Voisiku_vallavalitsus, lk 107
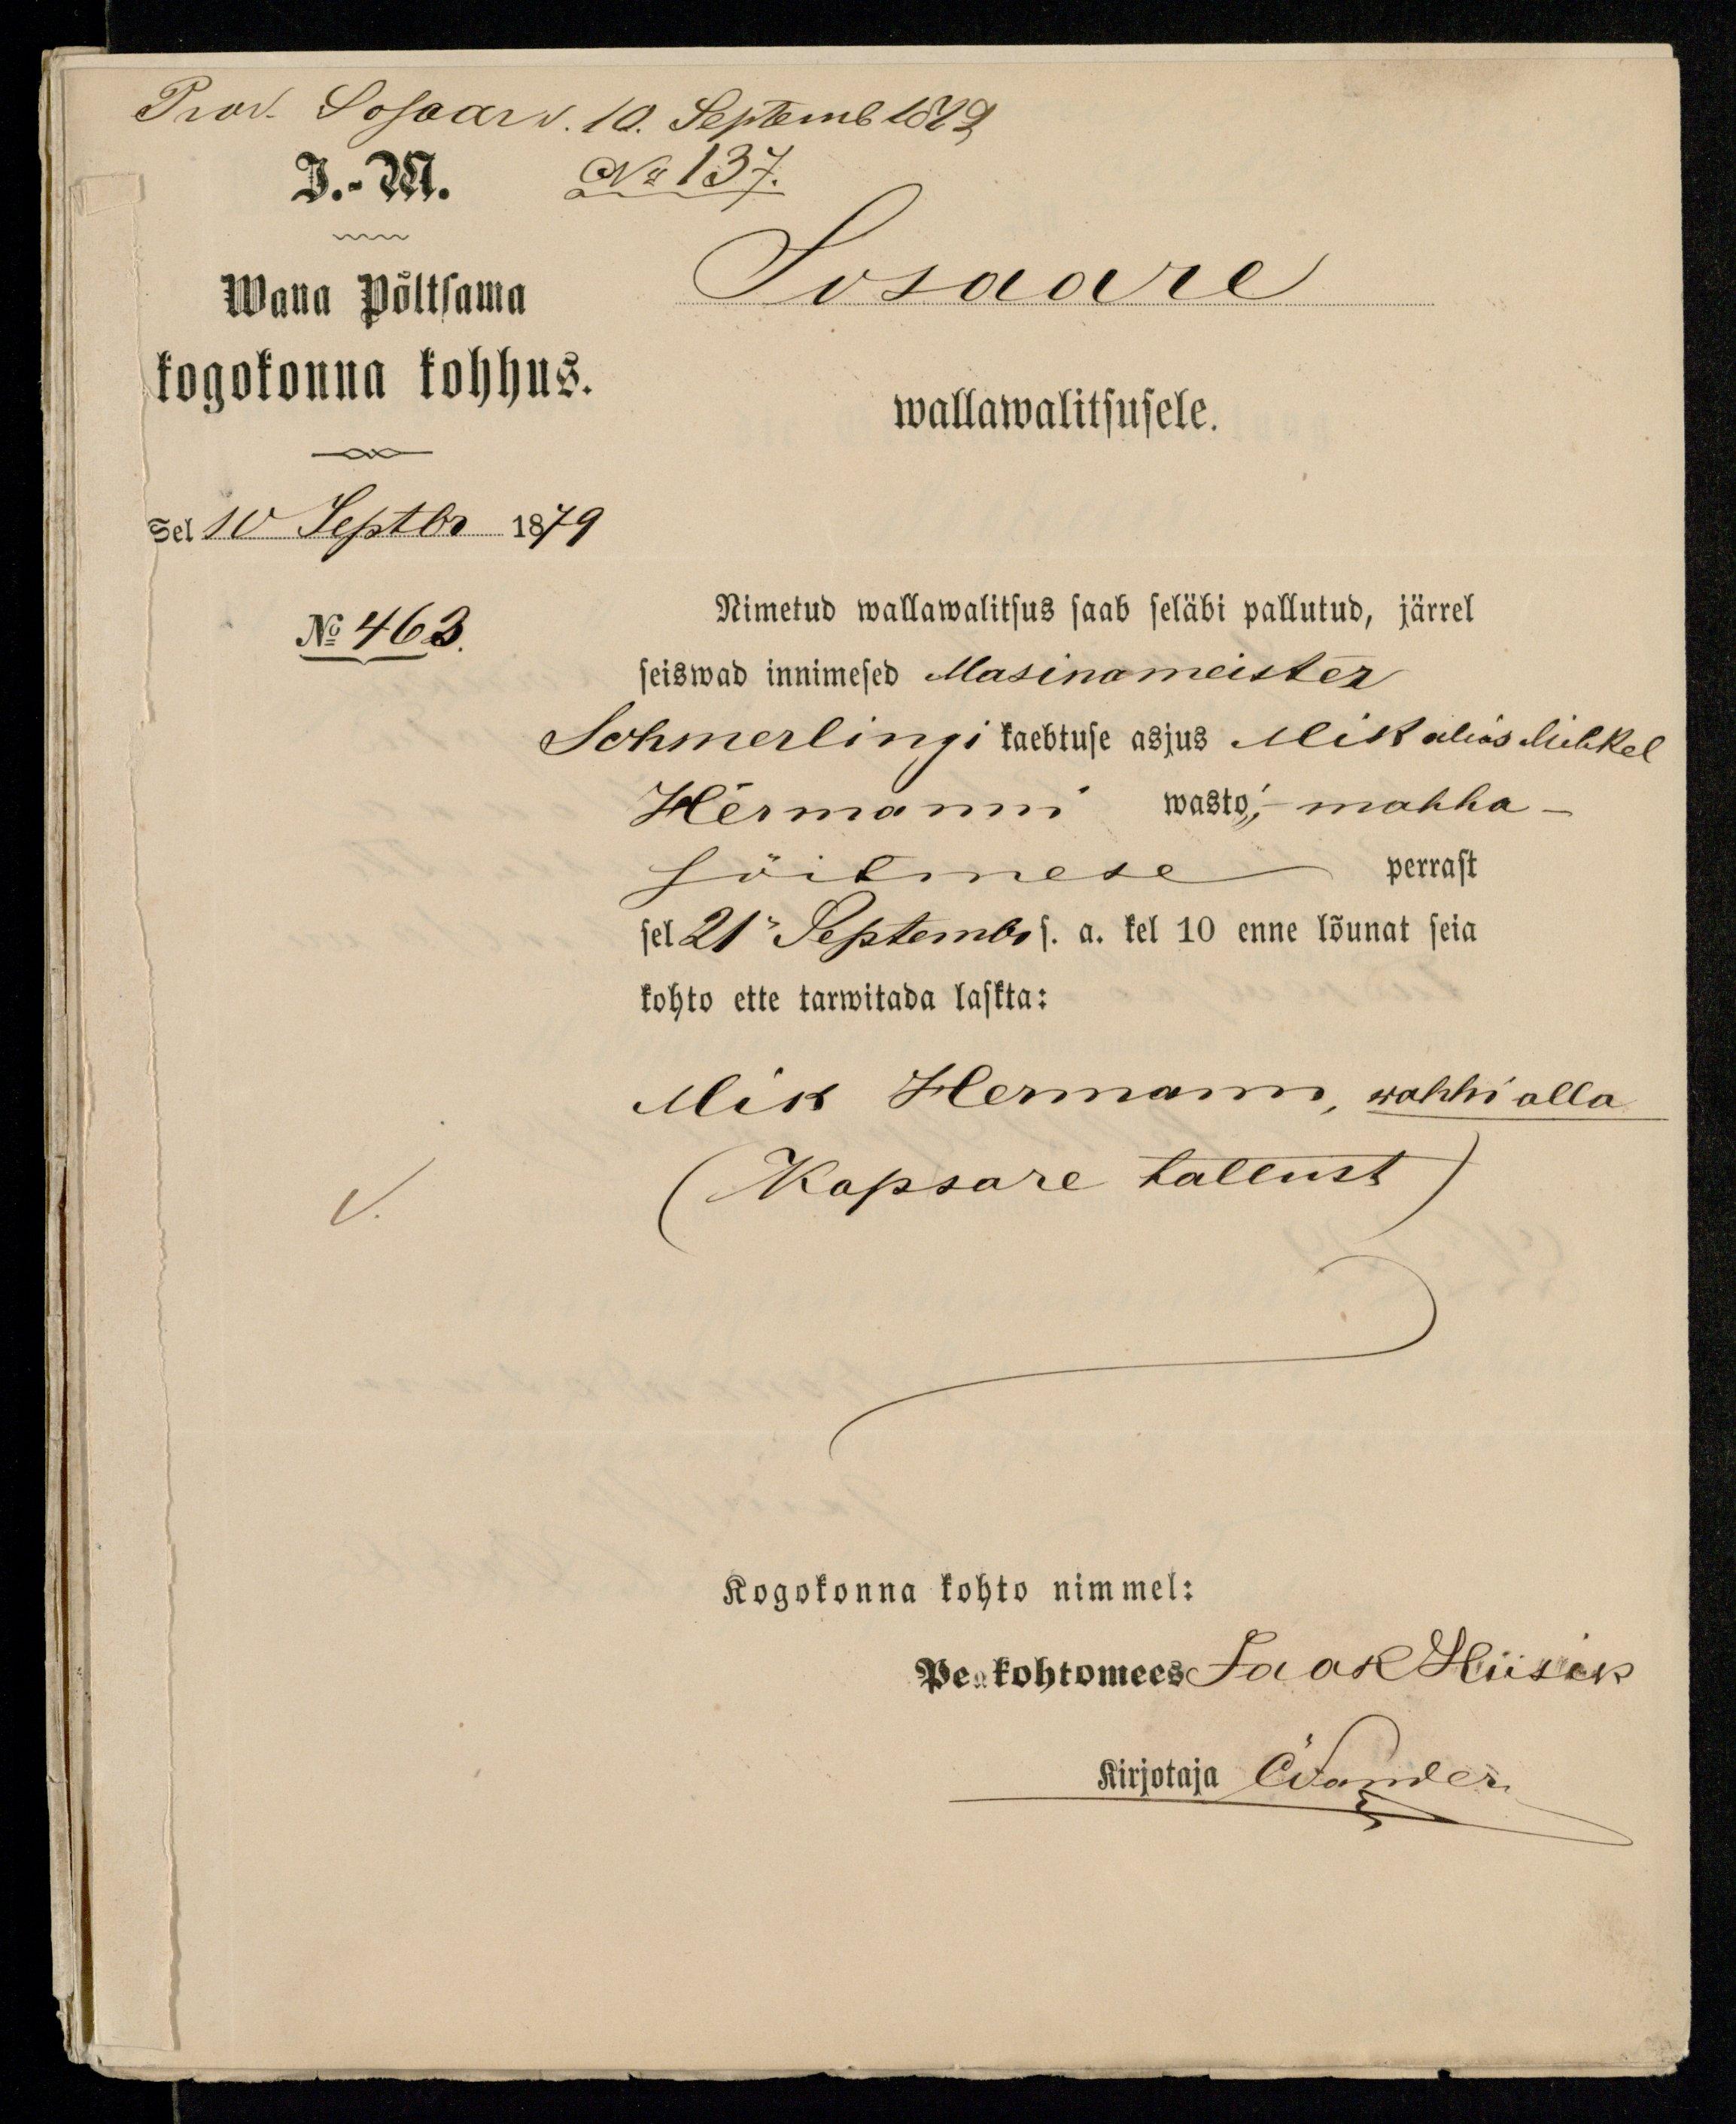
Prod. Sosaar b. 10. Septemb 1879.
J.-M.
No 137.
Wana Põltsama
Sosaare
kogokonna kohhus.
wallawalitsusele.
sel 10 Septbr 1879
No 463.
Nimetud wallawalitsus saab seläbi pallutud, järrel
seiswad innimesed Masinameister
Schmerlingi kaebtuse asjus Mik alias Mihkel
Hermanni wasto, mahha -
sõitmese perrast
sel 21 Septembr s. a. kel 10 enne lõunat seia
kohto ette tarwitada laskta:
Mik Hermann, wahhi alla
(Kapsare tallust)
Kogokonna kohto nimmel:
Peakohtomees Jaak Hiisik
Kirjotaja Wamler